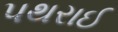
પથરાઈ